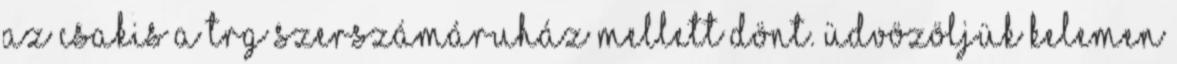
az csakis a TRG szerszámáruház mellett dönt. Üdvözöljük KELEMEN